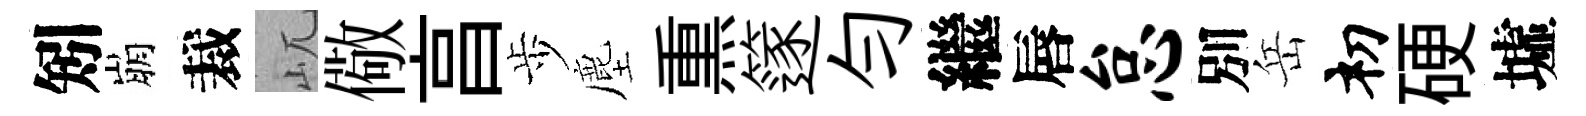
矧崩裁屼儆亯歩塵𤋱篴匀繼唇怠別岳𥘉硬墟